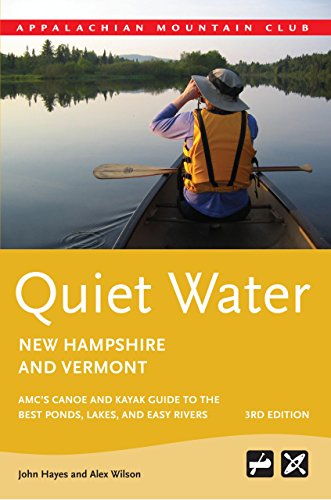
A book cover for Quiet Water New Hampshire and Vermont: AMC's Canoe And Kayak Guide To The Best Ponds, Lakes, And Easy Rivers (AMC Quiet Water Series); John Hayes; Sports & Outdoors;